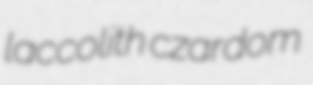
laccolith czardom